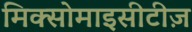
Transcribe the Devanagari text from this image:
मिक्सोमाइसीटीज़